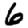
Digit: 6